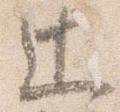
辻